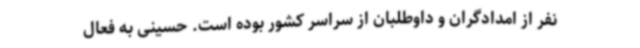
نفر از امدادگران و داوطلبان از سراسر کشور بوده است. حسینی به فعال